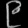
Digit: ၉